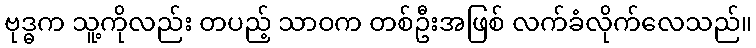
ဗုဒ္ဓက သူ့ကိုလည်း တပည့် သာဝက တစ်ဦးအဖြစ် လက်ခံလိုက်လေသည်။